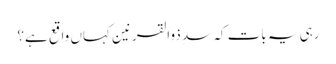
رہی یہ بات کہ سدِ ذوالقرنین کہاں واقع ہے؟